Annual report of the Imperial Bacteriological Laboratory, Muktesar
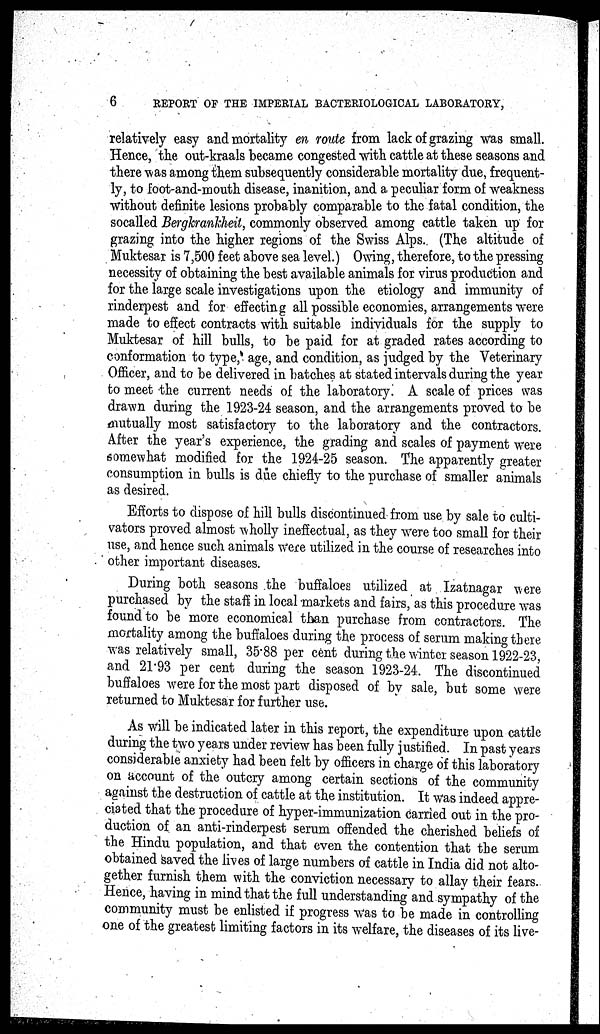
6
REPORT OF THE IMPERIAL BACTERIOLOGICAL LABORATORY,
relatively easy and mortality en route from lack of grazing was small.
Hence, the out-kraals became congested with cattle at these seasons and
there was among them subsequently considerable mortality due, frequent-
ly, to foot-and-mouth disease, inanition, and a peculiar form of weakness
without definite lesions probably comparable to the fatal condition, the
socalled Bergkrankheit, commonly observed among cattle taken up for
grazing into the higher regions of the Swiss Alps.. (The altitude of
Muktesar is 7,500 feet above sea level.) Owing, therefore, to the pressing
necessity of obtaining the best available animals for virus production and
for the large scale investigations upon the etiology and immunity of
rinderpest and for effecting all possible economies, arrangements were
made to effect contracts with suitable individuals for the supply to
Muktesar of hill bulls, to be paid for at graded rates according to
conformation to type, age, and condition, as judged by the Veterinary
Officer, and to be delivered in batches at stated intervals during the year
to meet the current needs of the laboratory. A scale of prices was
drawn during the 1923-24 season, and the arrangements proved to be
mutually most satisfactory to the laboratory and the contractors.
After the year's experience, the grading and scales of payment were
somewhat modified for the 1924-25 season. The apparently greater
consumption in bulls is due chiefly to the purchase of smaller animals
as desired.
Efforts to dispose of hill bulls discontinued from use by sale to culti-
vators proved almost wholly ineffectual, as they were too small for their
use, and hence such animals were utilized in the course of researches into
other important diseases.
During both seasons the buffaloes utilized at Izatnagar were
purchased by the staff in local markets and fairs, as this procedure was
found to be more economical than purchase from contractors. The
mortality among the buffaloes during the process of serum making there
was relatively small, 35.88 per cent during the winter season 1922-23,
and 21.93 per cent during the season 1923-24. The discontinued
buffaloes were for the most part disposed of by sale, but some were
returned to Muktesar for further use.
As will be indicated later in this report, the expenditure upon cattle
during the two years under review has been fully justified. In past years
considerable anxiety had been felt by officers in charge of this laboratory
on account of the outcry among certain sections of the community
against the destruction of cattle at the institution. It was indeed appre-
ciated that the procedure of hyper-immunization carried out in the pro-
duction of an anti-rinderpest serum offended the cherished beliefs of
the Hindu population, and that even the contention that the serum
obtained saved the lives of large numbers of cattle in India did not alto-
gether furnish them with the conviction necessary to allay their fears.
Hence, having in mind that the full understanding and sympathy of the
community must be enlisted if progress was to be made in controlling
one of the greatest limiting factors in its welfare, the diseases of its live-